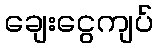
ချေးငွေကျပ်